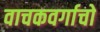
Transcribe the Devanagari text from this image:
वाचकवर्गाचो